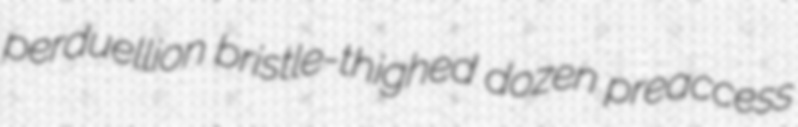
perduellion bristle-thighed dozen preaccess